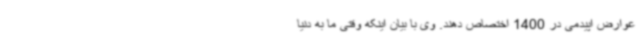
عوارض اپیدمی در 1400 اختصاص دهند. وی با بیان اینکه وقتی ما به دنیا